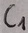
Text: C1